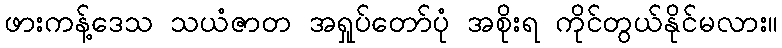
ဖားကန့်ဒေသ သယံဇာတ အရှုပ်တော်ပုံ အစိုးရ ကိုင်တွယ်နိုင်မလား။